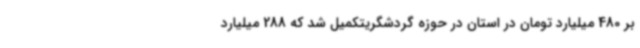
بر 480 میلیارد تومان در استان در حوزه گردشگریتکمیل شد که 288 میلیارد